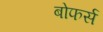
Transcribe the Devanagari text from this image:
बोफर्स